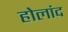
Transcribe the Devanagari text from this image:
होलांद